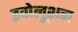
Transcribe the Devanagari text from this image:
इवोलूशन